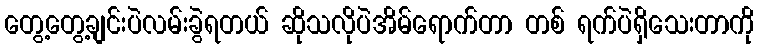
တွေ့တွေ့ချင်းပဲလမ်းခွဲရတယ် ဆိုသလိုပဲအိမ်ရောက်တာ တစ် ရက်ပဲရှိသေးတာကို